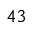
^ { 4 3 }